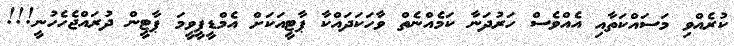
ކުރެއްވި މަސައްކަތާއި އެއްވެސް ހަރުދަނާ ކަމެއްނެތް ވާހަކަދައްކާ ޕާޓީއަކަށް އެމްޑީޕީވީމަ ޕާޓީން ދުރައްޖެހެހުނީ!!!